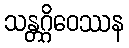
သန္တဂ္ဂိဝေဿန